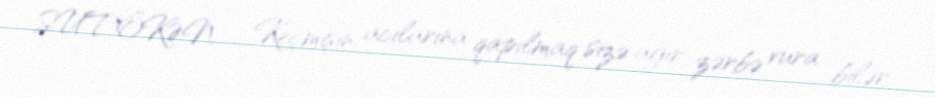
SUTÖKƏN – Keçmişin acılarına qapılmaq sizə ağır zərbə vura bilər.